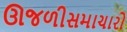
ઊજળીસમાચારો